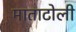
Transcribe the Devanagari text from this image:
माताटोली